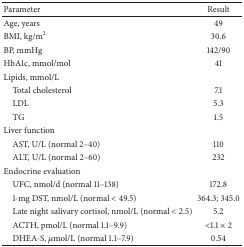
<table><thead><tr><td><b>Parameter</b></td><td><b>Result</b></td></tr></thead><tbody><tr><td>Age, years</td><td>49</td></tr><tr><td>BMI, kg/m<sup>2</sup></td><td>30.6</td></tr><tr><td>BP, mmHg</td><td>142/90</td></tr><tr><td>HbA1c, mmol/mol</td><td>41</td></tr><tr><td>Lipids, mmol/L</td><td> </td></tr><tr><td>Total cholesterol</td><td>7.1</td></tr><tr><td>LDL</td><td>5.3</td></tr><tr><td>TG</td><td>1.5</td></tr><tr><td>Liver function</td><td> </td></tr><tr><td>AST, U/L (normal 2–40)</td><td>110</td></tr><tr><td>ALT, U/L (normal 2–60)</td><td>232</td></tr><tr><td>Endocrine evaluation</td><td> </td></tr><tr><td>UFC, nmol/d (normal 11–138)</td><td>172.8</td></tr><tr><td>1-mg DST, nmol/L (normal &lt; 49.5)</td><td>364.3; 345.0</td></tr><tr><td>Late night salivary cortisol, nmol/L (normal &lt; 2.5)</td><td>5.2</td></tr><tr><td>ACTH, pmol/L (normal 1.1–9.9)</td><td>&lt;1.1 × 2</td></tr><tr><td>DHEA-S, <i>μ</i>mol/L (normal 1.1–7.9)</td><td>0.54</td></tr></tbody></table>